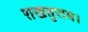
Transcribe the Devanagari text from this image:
राखतुराम।